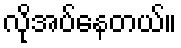
လိုအပ်နေတယ်။